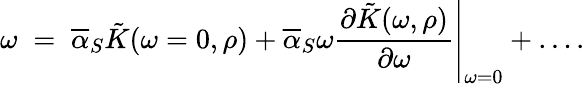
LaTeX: \omega\; =\; \overline{{{\alpha}}}_{S}\tilde{K}(\omega=0,\rho)+\overline{{{\alpha}}}_{S}\omega\left.\frac{\partial\tilde{K}(\omega,\rho)}{\partial\omega}\right|_{\omega=0}+\ldots.